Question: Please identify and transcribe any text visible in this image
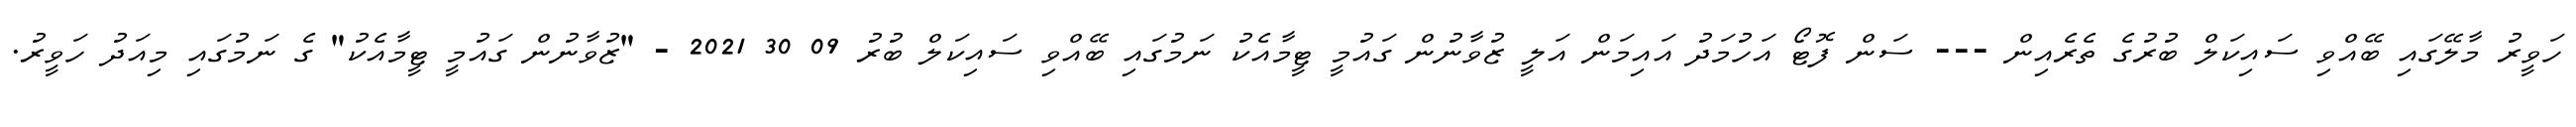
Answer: ހަވީރު މާލޭގައި ބޭއްވި ސައިކަލް ބުރުގެ ތެރެއިން --- ސަން ފޮޓޯ އަހުމަދު އައިމަން އަލީ ޒުވާނުން ގައުމީ ޓީމާއެކު ނަމުގައި ބޭއްވި ސައިކަލް ބުރު 09 30 2021 - "ޒުވާނުން ގައުމީ ޓީމާއެކު" ގެ ނަމުގައި މިއަދު ހަވީރު.